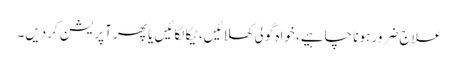
علاج ضرور ہونا چاہیے، خواہ گولی کھلائیں، ٹیکا لگائیں یا پھر آپریشن کردیں۔